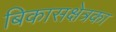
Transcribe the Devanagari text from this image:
बिकासक्षेत्रका